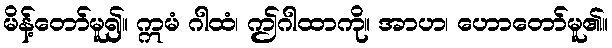
မိန့်တော်မူ၍။ ဣမံ ဂါထံ၊ ဤဂါထာကို။ အာဟ၊ ဟောတော်မူ၏။